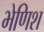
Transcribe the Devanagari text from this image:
भेणिश